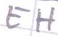
Text: EH